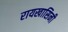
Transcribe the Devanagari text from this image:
रायखासिनी